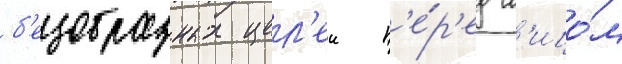
б'езобразных цел'еи п'е́р'ед л'ицо́м